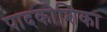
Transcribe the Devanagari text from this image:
पादकोशिका